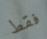
فقط